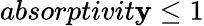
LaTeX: absorptivit\mathbf{y}\le1